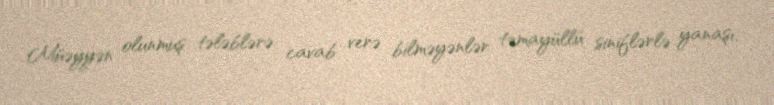
Müəyyən olunmuş tələblərə cavab verə bilməyənlər təmayüllü siniflərlə yanaşı,